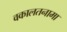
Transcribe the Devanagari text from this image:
वकालतनामा